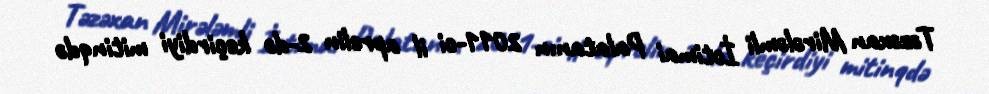
Təzəxan Mirələmli İctimai Palatanın 2011-ci il aprelin 2-də keçirdiyi mitinqdə